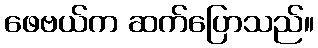
ဖေဗယ်က ဆက်ပြောသည်။